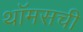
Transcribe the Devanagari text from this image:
थॉमसची